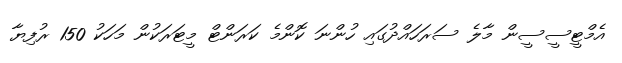
އެމްޓީސީސީން މާލެ ސަރަހައްދުގައި ހުންނަ ކޮންމެ ކަރަންޓް މީޓަރަކުން މަހަކު 150 ރުފިޔާ